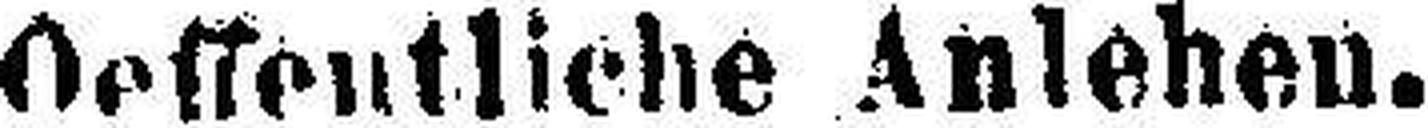
Oeffentliche Anlehen.